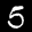
Label: 5